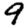
Digit: 9